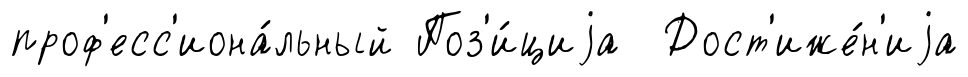
проф'есс'иона́льный Поз'и́циjа Дост'иже́н'иjа